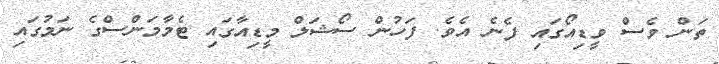
ތަން ވެސް ވީޑިއޯގައި ފެނެ އެވެ. ފަހުން ސޯޝަލް މީޑިއާގައި ޓެމާމަންސްގެ ނަމުގައި